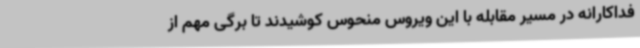
فداکارانه در مسیر مقابله با این ویروس منحوس کوشیدند تا برگی مهم از